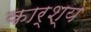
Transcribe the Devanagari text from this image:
कार्श्य